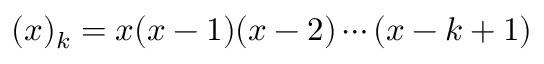
( x ) _ { k } = x ( x - 1 ) ( x - 2 ) \cdots ( x - k + 1 )